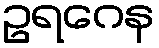
ဥရဂေန